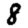
Digit: 8